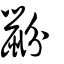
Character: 鼢